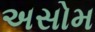
અસોમ